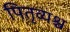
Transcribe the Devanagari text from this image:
पितृव्यश्च